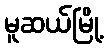
မူဆယ်မြို့